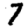
Digit: 7